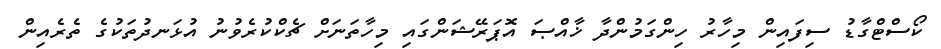
ކޯސްޓްގާޑު ސިފައިން މިހާރު ހިންގަމުންދާ ޚާއްޞަ އޮޕަރޭޝަންގައި މިހާތަނަށް ޗެކްކުރެވުނު އުޅަނދުތަކުގެ ތެރެއިން